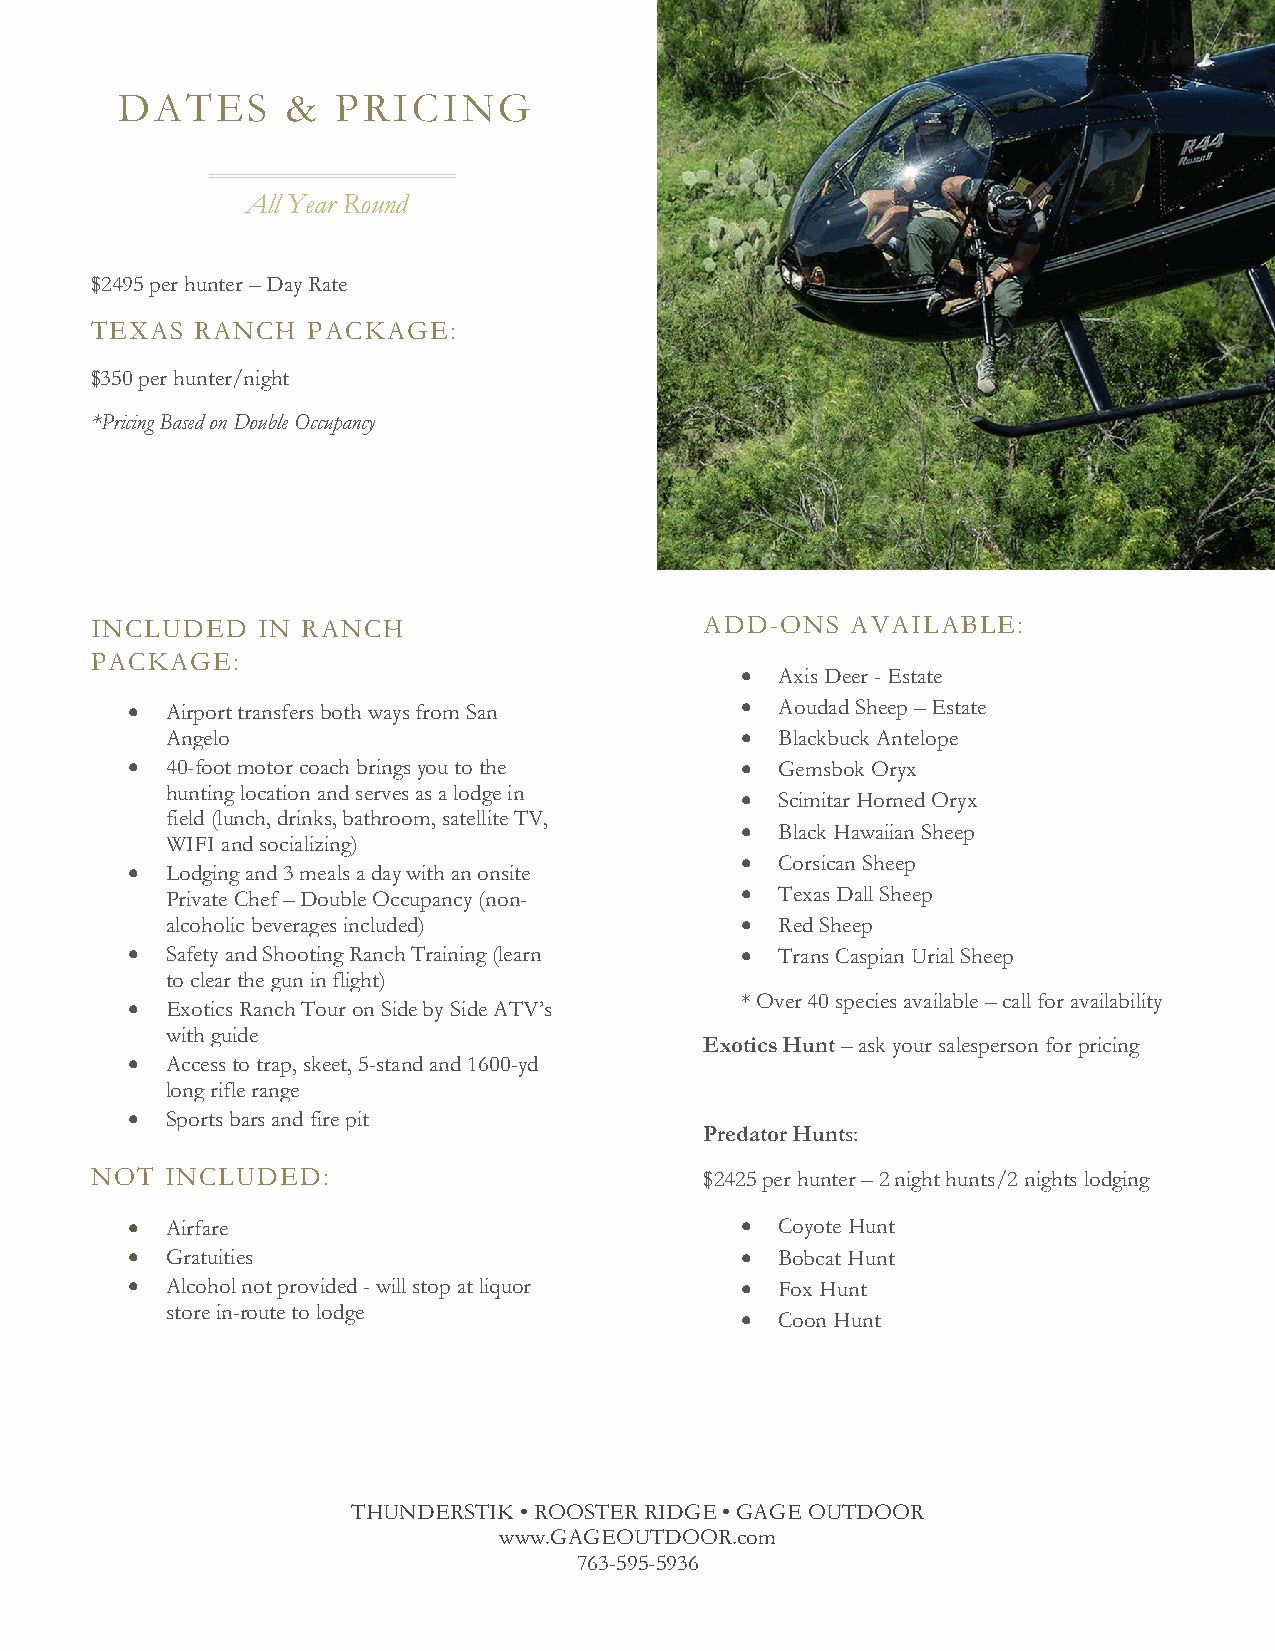
DATES      &  PRICING
 All Year Round
 $2495 per hunter – Day Rate
 TEXAS  RANCH  PACKAGE:
 $350 per hunter/night
 *Pricing Based on Double Occupancy
 INCLUDED   IN RANCH                      ADD-ONS  AVAILABLE:
 PACKAGE:
 •  Axis Deer - Estate
 •  Airport transfers both ways from San  •  Aoudad Sheep – Estate
 Angelo                                •  Blackbuck Antelope
 •  40-foot motor coach brings you to the •  Gemsbok Oryx
 hunting location and serves as a lodge in
 •  Scimitar Horned Oryx
 field (lunch, drinks, bathroom, satellite TV,
 •  Black Hawaiian Sheep
 WIFI and socializing)
 •  Corsican Sheep
 •  Lodging and 3 meals a day with an onsite
 Private Chef – Double Occupancy (non- •  Texas Dall Sheep
 alcoholic beverages included)         •  Red Sheep
 •  Safety and Shooting Ranch Training (learn • Trans Caspian Urial Sheep
 to clear the gun in flight)
 * Over 40 species available – call for availability
 •  Exotics Ranch Tour on Side by Side ATV’s
 with guide
 Exotics Hunt – ask your salesperson for pricing
 •  Access to trap, skeet, 5-stand and 1600-yd
 long rifle range
 •  Sports bars and fire pit
 Predator Hunts:
 NOT  INCLUDED:                           $2425 per hunter – 2 night hunts/2 nights lodging
 •  Airfare                               •  Coyote Hunt
 •  Gratuities                            •  Bobcat Hunt
 •  Alcohol not provided - will stop at liquor • Fox Hunt
 store in-route to lodge
 •  Coon Hunt
 THUNDERSTIK • ROOSTER RIDGE • GAGE OUTDOOR
 www.GAGEOUTDOOR.com
 763-595-5936